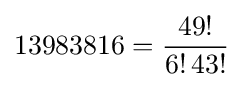
13983816={\frac {49!}{6!\,43!}}